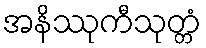
အနိဿုကီသုတ္တံ